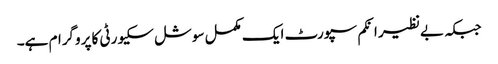
جبکہ بےنظیر انکم سپورٹ ایک مکمل سوشل سکیورٹی کا پروگرام ہے۔